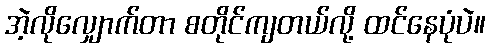
အဲ့လိုလျှောက်တာ စတိုင်ကျတယ်လို့ ထင်နေပုံပဲ။